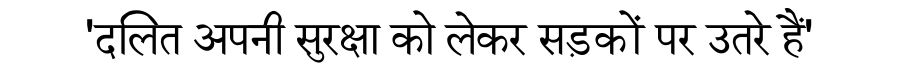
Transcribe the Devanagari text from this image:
'दलित अपनी सुरक्षा को लेकर सड़कों पर उतरे हैं'